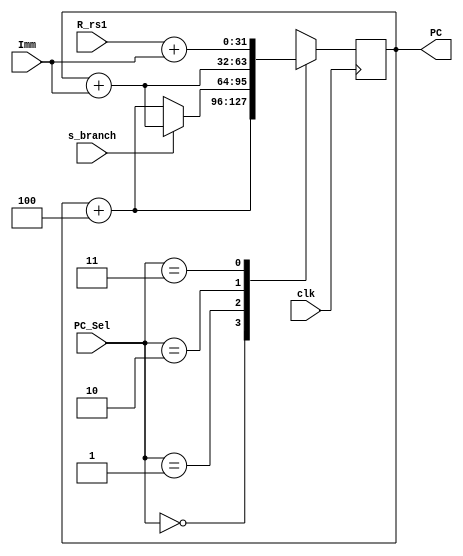
module PC_Control(
    input clk,
    input [1:0] PC_Sel,  //branch:PC=PC+Imm.  jal:PC=PC+imm.  jalr:PC=R_rs1+Imm
    // if PC_Sel==00(default),PC=PC+4.  else if 01: branch PC = PC + Imm or PC + 4 else if 10: PC=PC+Imm.
    // 11:PC=R_rs1+Imm.
    input s_branch, //if 1,branch jump.
    input [31:0]  Imm,
    input [31:0] R_rs1,
    output reg [31:0] PC=0
);

always @(posedge clk) begin
    case(PC_Sel)
        2'b00:begin
            PC<=PC+4;
        end
        2'b01:begin
            PC<=(s_branch)?PC+Imm:PC+4;
        end
        2'b10:begin
            PC<=PC+Imm;
        end
        2'b11:begin
            PC<=R_rs1+Imm;
        end
    endcase
end

endmodule